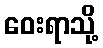
ဝေးရာသို့